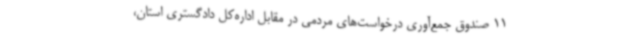
11 صندوق جمع‌آوری درخواست‌های مردمی در مقابل اداره‌کل دادگستری استان،